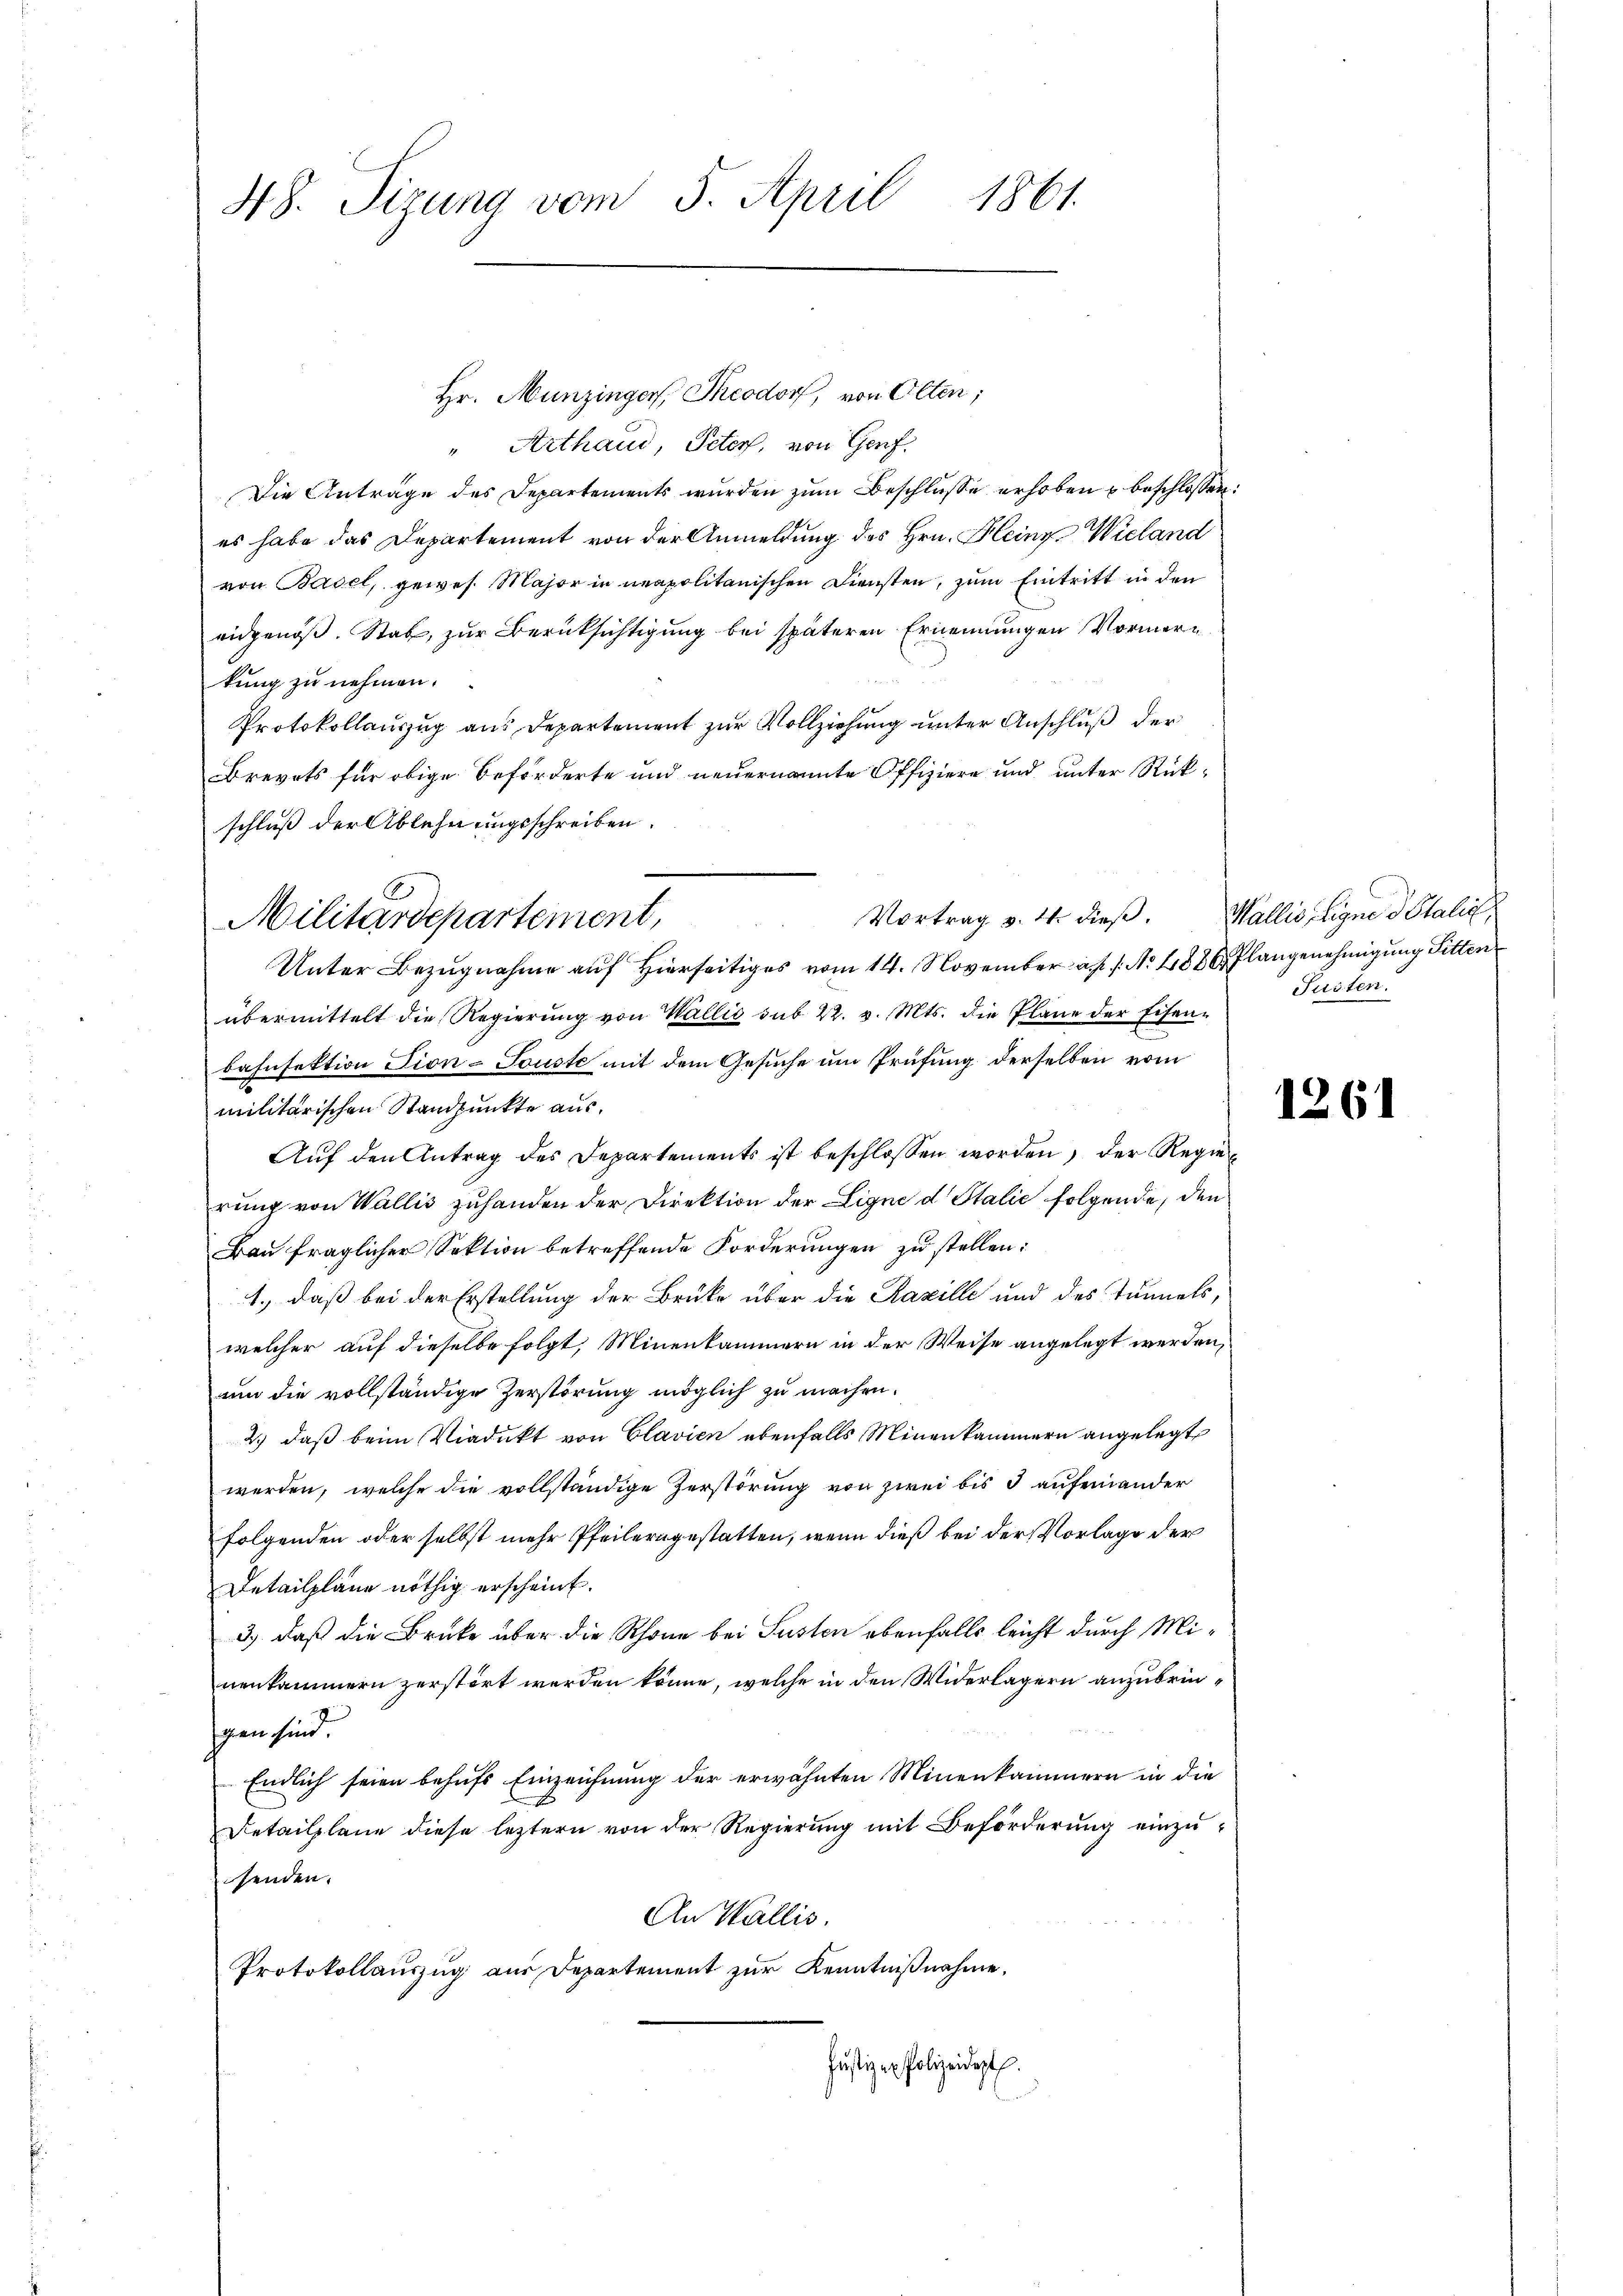
Hr. Munzingers, Theodorf, von Olten;
"Arthaud, Peters, von Genf.
Die Anträge des Departements wurden zum Beschlusse erhoben u beschlossen:
es habe das Departement von der Anmeldung des Hrn. Heine Wieland
von Basel, gewes. Major in neapolitanischen Diensten, zum Eintritt in den
eidgenöß. Stab, zur Berüksichtigung bei späteren Ernennungen Vormerkung zu nehmen.
Protokollauszug aus Departement zur Vollziehung unter Anschluß der
BBrevets für obige Beförderte und neuernannte Offiziere und unter Rückschluß der Ablehnungsschreiben.
Unter Bezugnahme auf Hierseitiges vom 14. November a. s. f. No. 1886, Plangenehmigung Sitten
übermittelt die Regierung von Wallis sub 22. v. Mts. die Pläne der Eisenbahnfektion Tion-Touste mit dem Gesuche um Prüfung derselben vom
militärischen Standpunkte aus¬
Aŭf den Antrag des Departements ist beschlossen worden, der Regierung von Wallis zuhanden der Direktion der Ligne d Italić folgende, den
Bau fraglicher Sektion betreffende Forderungen zu stellen:
1., daß bei der Erstellung der Brüke über die Razille und des Tunnels,
welcher auf dieselbe folgt, Minenkammern in der Weise angelegt werden,
aun die vollständige Zerstörung möglich zu machen.
2.) daß beim Viadukt von Clavien ebenfalls Minenkammern angelegt
werden, welche die vollständige Zerstörung von zwei bis 3 aufeinander
folgenden oder selbst mehr Pfeilerngestatten, wenn dieß bei der Vorlage der
Detailpläne nöthig erscheint.
3) daß die Brüke über die Schöne bei Susten ebenfalls leicht durch Minenkammern zerstört werden könne, welche in den Widerlagern anzubringen sind.
Endlich seien behufs Einzeichnung der erwähnten Minenkammern in die
Detailplane diese leztern von der Regierung mit Beförderung einzusenden.
An Wallis.
Protokollauszug aus Departement zur Kenntnißnahme.
Justiz er Polizeidigt.

48. Sizung vom 5. April 1861.

Vortrag v. 4. dieß. Wallis, ligne d Stalie
Militärdepartement,

Jüsten.

1261